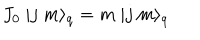
J _ { 0 } \ | j \ m \rangle _ { q } = m \ | j \ m \rangle _ { q }